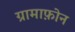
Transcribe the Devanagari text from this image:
ग्रामाफ़ोन